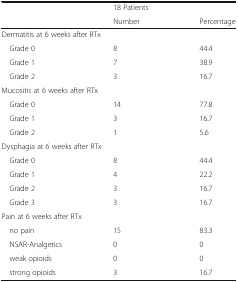
<table><thead><tr><td rowspan="2"></td><td><b>18 Patients</b></td><td></td></tr><tr><td><b>Number</b></td><td><b>Percentage</b></td></tr></thead><tbody><tr><td colspan="3">Dermatitis at 6 weeks after RTx</td></tr><tr><td> Grade 0</td><td>8</td><td>44.4</td></tr><tr><td> Grade 1</td><td>7</td><td>38.9</td></tr><tr><td> Grade 2</td><td>3</td><td>16.7</td></tr><tr><td colspan="3">Mucositis at 6 weeks after RTx</td></tr><tr><td> Grade 0</td><td>14</td><td>77.8</td></tr><tr><td> Grade 1</td><td>3</td><td>16.7</td></tr><tr><td> Grade 2</td><td>1</td><td>5.6</td></tr><tr><td colspan="3">Dysphagia at 6 weeks after RTx</td></tr><tr><td> Grade 0</td><td>8</td><td>44.4</td></tr><tr><td> Grade 1</td><td>4</td><td>22.2</td></tr><tr><td> Grade 2</td><td>3</td><td>16.7</td></tr><tr><td> Grade 3</td><td>3</td><td>16.7</td></tr><tr><td colspan="3">Pain at 6 weeks after RTx</td></tr><tr><td> no pain</td><td>15</td><td>83.3</td></tr><tr><td> NSAR-Analgetics</td><td>0</td><td>0</td></tr><tr><td> weak opioids</td><td>0</td><td>0</td></tr><tr><td> strong opioids</td><td>3</td><td>16.7</td></tr></tbody></table>